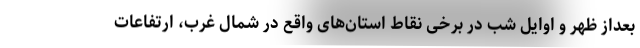
بعداز ظهر و اوایل شب در برخی نقاط استان‌های واقع در شمال غرب، ارتفاعات